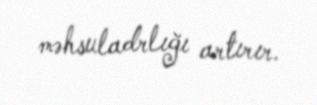
məhsuladrlığı artırır.